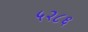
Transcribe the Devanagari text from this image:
५२८६